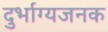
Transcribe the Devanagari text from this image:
दुर्भाग्यजनक